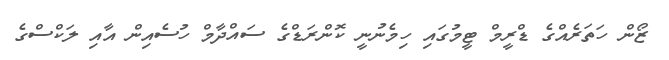
ޒޯން ހަތަރެއްގެ ޑްރީމް ޓީމުގައި ހިމެނުނީ ކޮންރަޑްގެ ސައްދާމް ހުސެއިން އާއި ލަކްސްގެ